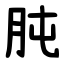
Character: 肫